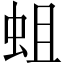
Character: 蛆